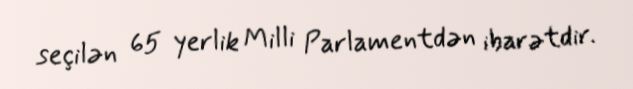
seçilən 65 yerlik Milli Parlamentdən ibarətdir.